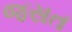
જસત